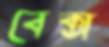
বেক্স